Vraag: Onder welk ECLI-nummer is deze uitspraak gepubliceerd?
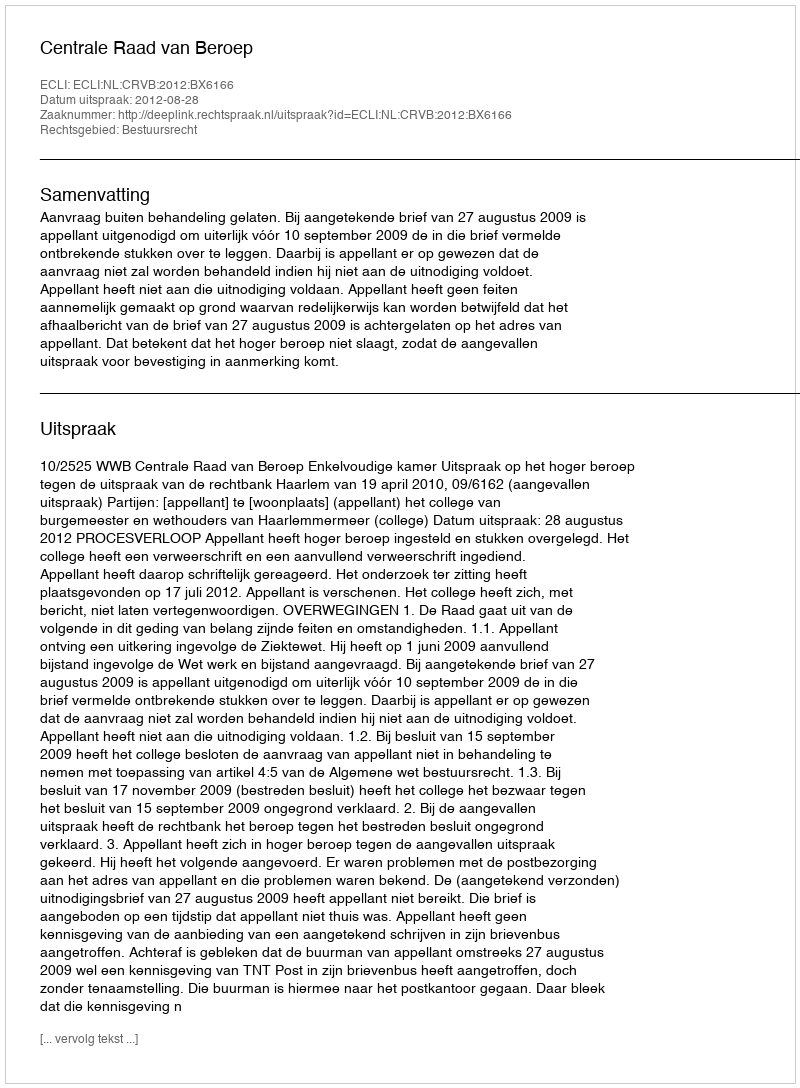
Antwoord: ECLI:NL:CRVB:2012:BX6166